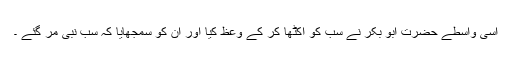
اسی واسطے حضرت ابو بکرؓ نے سب کو اکٹھا کر کے وعظ کیا اور ان کو سمجھایا کہ سب نبی مر گئے ۔